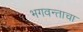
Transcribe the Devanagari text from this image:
भगवन्ताचा